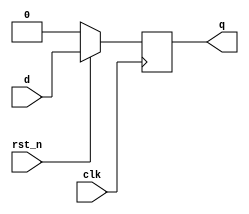
module  d_negedge_ff (input rst_n, input d, input clk, output reg q);
  always @(posedge clk)
  begin
    if(!rst_n) 
      
q=1'b0;
  
else
    
  q=d;
 
 end

endmodule